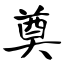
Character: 奠